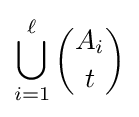
\bigcup _{i=1}^{\ell }{A_{i} \choose t}